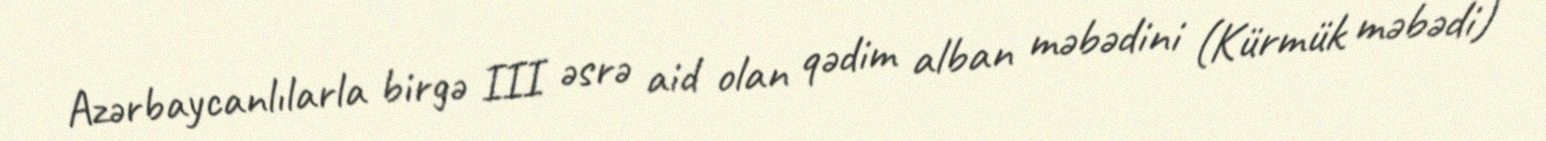
Azərbaycanlılarla birgə III əsrə aid olan qədim alban məbədini (Kürmük məbədi)